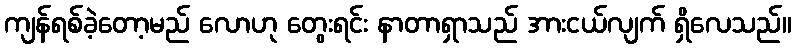
ကျန်ရစ်ခဲ့တော့မည် လောဟု တွေးရင်း နာတာရှာသည် အားငယ်လျက် ရှိလေသည်။